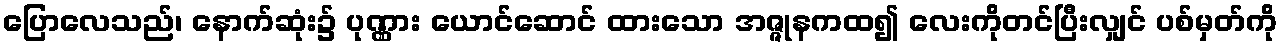
ပြောလေသည်၊ နောက်ဆုံး၌ ပုဏ္ဏား ယောင်ဆောင် ထားသော အဇ္ဇုနကထ၍ လေးကိုတင်ပြီးလျှင် ပစ်မှတ်ကို